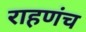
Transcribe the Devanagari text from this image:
राहणंच